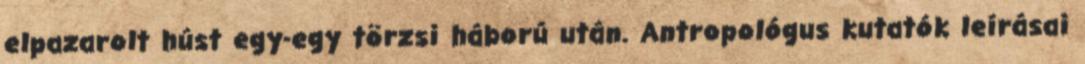
elpazarolt húst egy-egy törzsi háború után. Antropológus kutatók leírásai